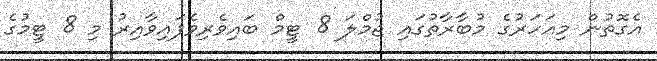
އެގޮތުން މިއަހަރުގެ މުބާރާތުގައި ޖުމްލަ 8 ޓީމް ބައިވެރިވެފައިވާއިރު މި 8 ޓީމުގެ